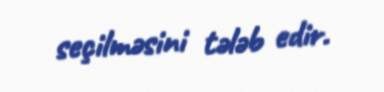
seçilməsini tələb edir.